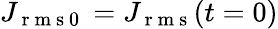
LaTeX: J_{\mathrm{~r~m~s~0~}}=J_{\mathrm{~r~m~s~}}(t=0)